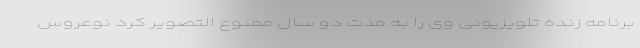
برنامه زنده تلویزیونی وی را به مدت دو سال ممنوع التصویر کرد نوعروس